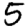
Digit: 5